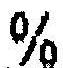
%